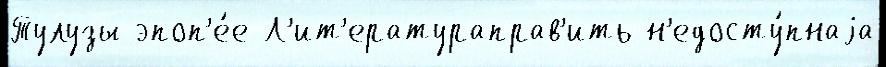
Тулузы эпоп'е́е Л'ит'ератураправ'ить н'едосту́пнаjа